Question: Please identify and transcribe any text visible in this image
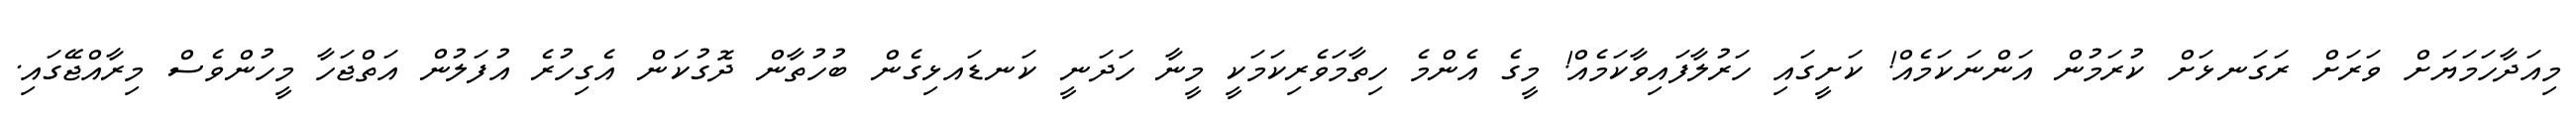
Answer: މިއަދާހަމަޔަށް ވަރަށް ރަގަނޅަށް ކުރަމުން އަންނަކަމެއް! ކަށީގައި ހަރުލާފައިވާކަމެއް! މީގެ އެންމެ ހިތާމަވެރިކަމަކީ މީނާ ހަދަނީ ކަނޑައޅިގެން ބުހުތާން ދޮގުކަން އެގިހުރެ އުފަލުން އަތްޖަހާ މީހުންވެސް މިރާއްޖޭގައި.